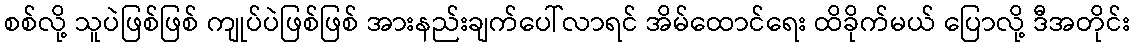
စစ်လို့ သူပဲဖြစ်ဖြစ် ကျုပ်ပဲဖြစ်ဖြစ် အားနည်းချက်ပေါ်လာရင် အိမ်ထောင်ရေး ထိခိုက်မယ် ပြောလို့ ဒီအတိုင်း